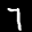
Digit: 7